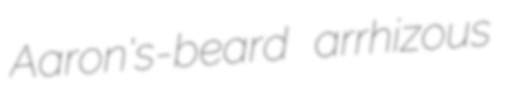
Aaron's-beard arrhizous